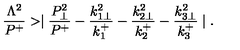
{ \frac { \Lambda ^ { 2 } } { P ^ { + } } } > \mid { \frac { P _ { \perp } ^ { 2 } } { P ^ { + } } } - { \frac { k _ { 1 \perp } ^ { 2 } } { k _ { 1 } ^ { + } } } - { \frac { k _ { 2 \perp } ^ { 2 } } { k _ { 2 } ^ { + } } } - { \frac { k _ { 3 \perp } ^ { 2 } } { k _ { 3 } ^ { + } } } \mid .